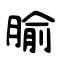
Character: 腧